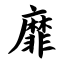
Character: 靡